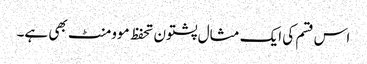
اس قسم کی ایک مثال پشتون تحفظ موومنٹ بھی ہے۔